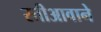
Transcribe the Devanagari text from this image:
स्तीआवाने